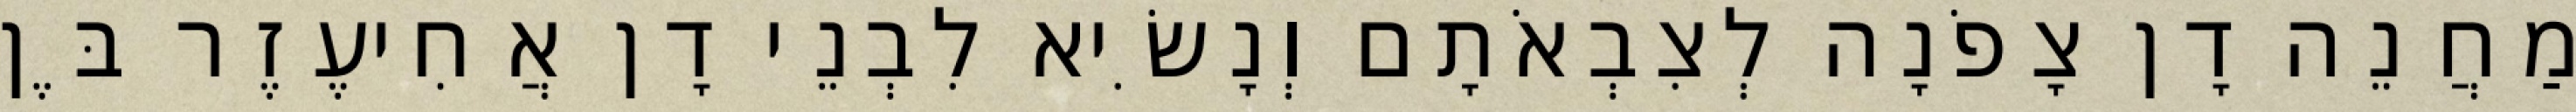
מַחֲנֵה דָן צָפֹנָה לְצִבְאֹתָם וְנָשִׂיא לִבְנֵי דָן אֲחִיעֶזֶר בֶּן